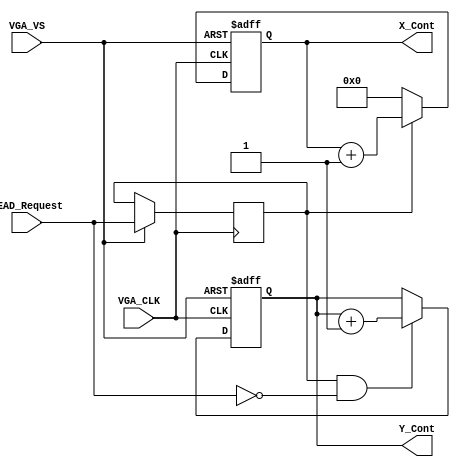
module VGA_RD_COUNTER  ( 
  input VGA_CLK ,
  input VGA_VS , 
  input READ_Request , 
//--------
  output reg	[10:0]	X_Cont,
  output reg	[10:0]	Y_Cont
  

) ;

//--------
reg rDVAL ; 
always @(negedge VGA_VS or posedge VGA_CLK )begin
  if ( !VGA_VS ) begin 
    X_Cont<=0;
    Y_Cont<=0;
end 
else 
begin 
  rDVAL <= READ_Request   ; 
  if ( !rDVAL)    X_Cont<=0;  else  X_Cont<=X_Cont+1 ;   
  if (  rDVAL  && !READ_Request)    Y_Cont <=Y_Cont+1 ; 
end 
end 

endmodule